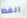
الفظ